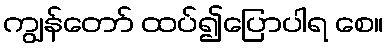
ကျွန်တော် ထပ်၍ပြောပါရ စေ။